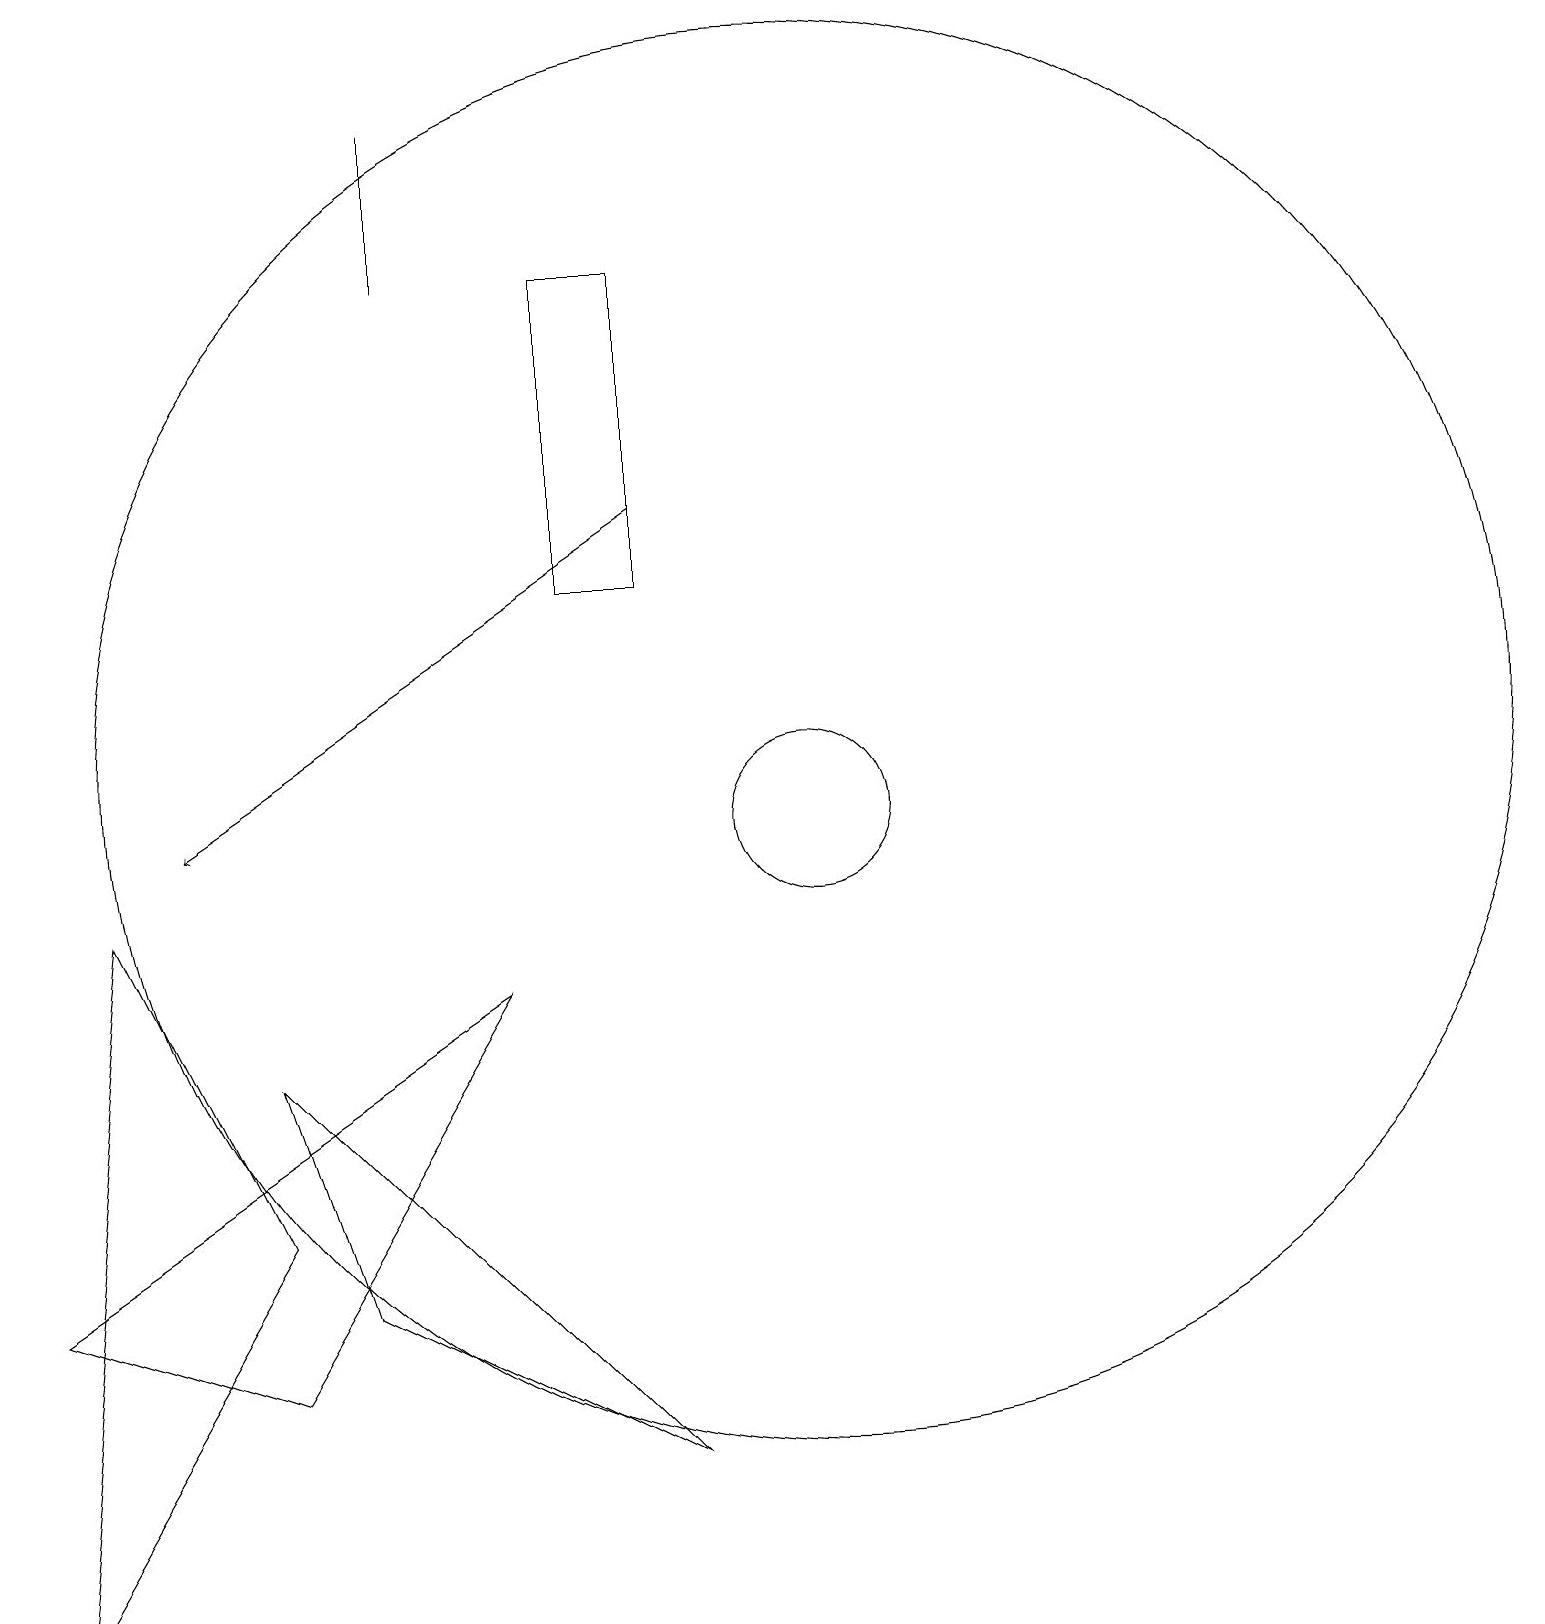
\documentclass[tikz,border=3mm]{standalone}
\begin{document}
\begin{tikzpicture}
\draw[->] (8,14) -- (2,10);
\draw (0,4) -- (6,8) -- (3,3) -- cycle;
\draw (0,0) -- (3,5) -- (1,9) -- cycle;
\draw (10,10) circle (1);
\draw (3,7) -- (8,2) -- (4,4) -- cycle;
\draw (5,19) rectangle (5,17);
\draw (8,17) rectangle (7,13);
\draw (10,11) circle (9);
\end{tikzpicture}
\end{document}